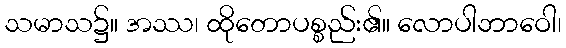
သမာသ၌။ အဿ၊ ထိုတောပစ္စည်း၏။ လောပါဘာဝေါ၊